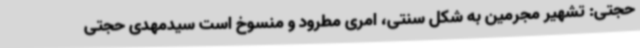
حجتی: تشهیر مجرمین به شکل سنتی، امری مطرود و منسوخ است سیدمهدی حجتی